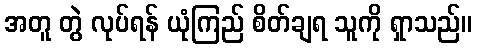
အတူ တွဲ လုပ်ရန် ယုံကြည် စိတ်ချရ သူကို ရှာသည်။